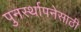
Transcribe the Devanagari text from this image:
पुनर्स्थापनेसाठी